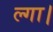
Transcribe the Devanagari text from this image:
ल्गा।